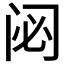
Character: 𮤲